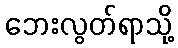
ဘေးလွတ်ရာသို့